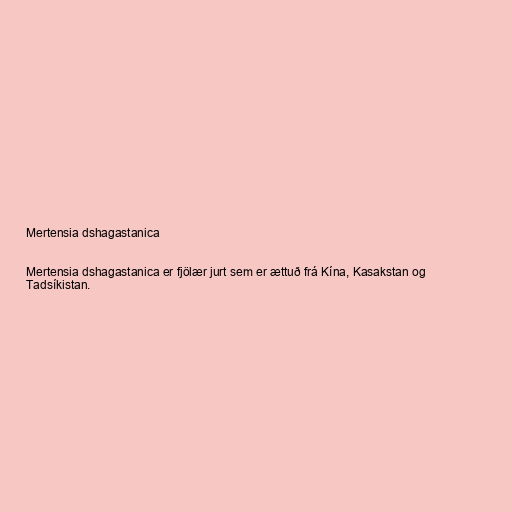
Mertensia dshagastanica

Mertensia dshagastanica er fjölær jurt sem er ættuð frá Kína, Kasakstan og
Tadsíkistan.